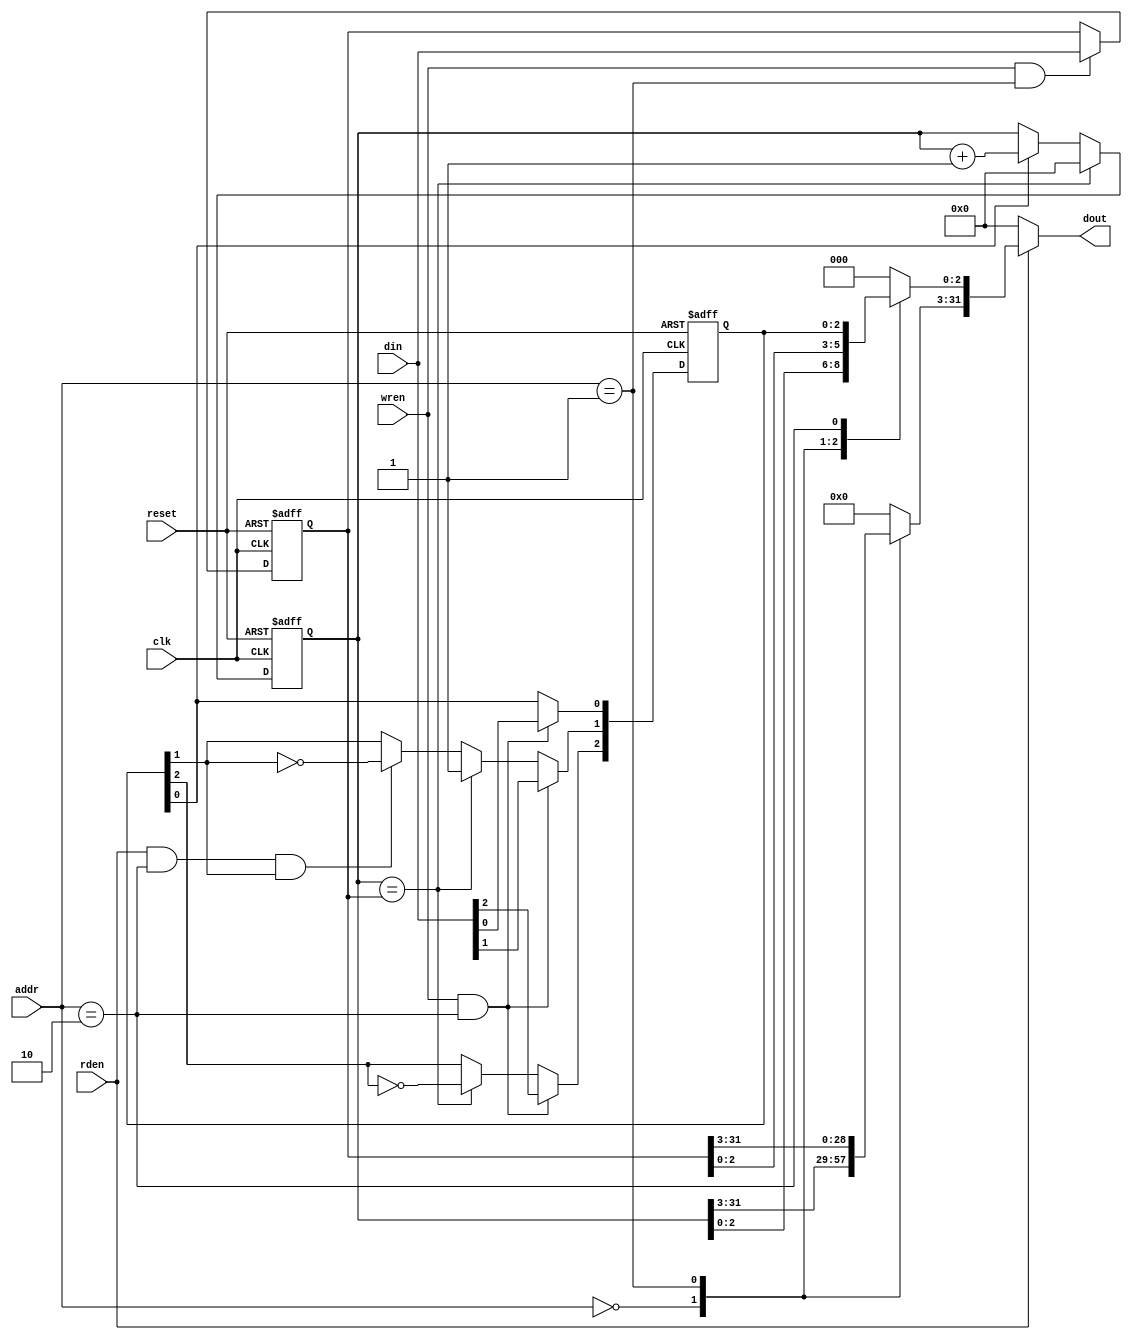
module timer32(clk, reset, din, dout, wren, rden, addr);
	 
input clk, reset, wren, rden;
input [31:0] din;
output [31:0] dout;
input [1:0] addr;

reg [31:0] out, out2, timer, period;
// bits [0] enable, [1] TMR , [2] Toggle
reg [2:0] control;
// control commands

`define TIMER_REG   	2'b00
`define PERIOD_REG  	2'b01
`define CONTROL_REG 	2'b10
`define DUMMY_REG   	2'b11
`define ZERO			32'h00000000
`define COUNT        control[0]
`define TMR				control[1]
`define TOGGLE       control[2]

parameter PERIOD = 32'h0000000F;  //must have this initial value
parameter ENBIT = 1'b0;


always @(posedge clk or posedge reset) begin
	if(reset) begin
		timer<= `ZERO;
		period <= PERIOD;
		`COUNT = ENBIT;
		`TMR = 0;
		`TOGGLE = 0;
	end
	else begin
	//alot of if statements start here
	//count
	if(`COUNT) begin
		timer <= timer + 1;
		end
		
	//read control
	if(rden & (addr == `CONTROL_REG) & `TMR)
		`TMR = ~`TMR;
	
	// throw TMR flag/toggle bit
	if(timer == period) begin
		`TMR = 1;
		`TOGGLE = ~`TOGGLE;
		timer <= `ZERO;
		end

		
	//write to period reg
	if(wren & (addr == `PERIOD_REG))
		period <=  din;
		
	//write to control reg !!!!!leave bot!!!!!
	if(wren & (addr == `CONTROL_REG)) begin
		`TMR = ~`TMR;
		`COUNT = din[0];
		`TMR = din[1];
		`TOGGLE = din[2];
		end
	end
end

//out 4-1 mux
always @* begin
out = `ZERO;
	case(addr)
		`TIMER_REG:
			out = timer;
		`PERIOD_REG:
			out = period;
		`CONTROL_REG:
			out[2:0] = control;
	endcase
end

//read mux
always @* begin
out2 = `ZERO;
	case(rden)
		1'b1:
			out2 = out;
	endcase
end

assign dout = out2;
 
endmodule